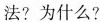
法?为什么?